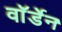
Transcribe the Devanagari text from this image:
वाॅर्डेन